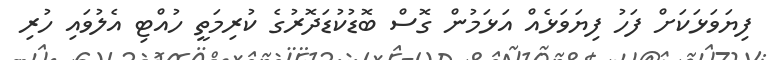
ފިޔަވަޅަކަށް ފަހު ފިޔަވަޅެއް އަޅަމުން ގޮސް ބޮޑުކުޑަދޮރުގެ ކުރިމަތީ ހުއްޓި އެލުވައި ހުރި